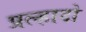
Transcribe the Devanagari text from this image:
प्रल्हादो